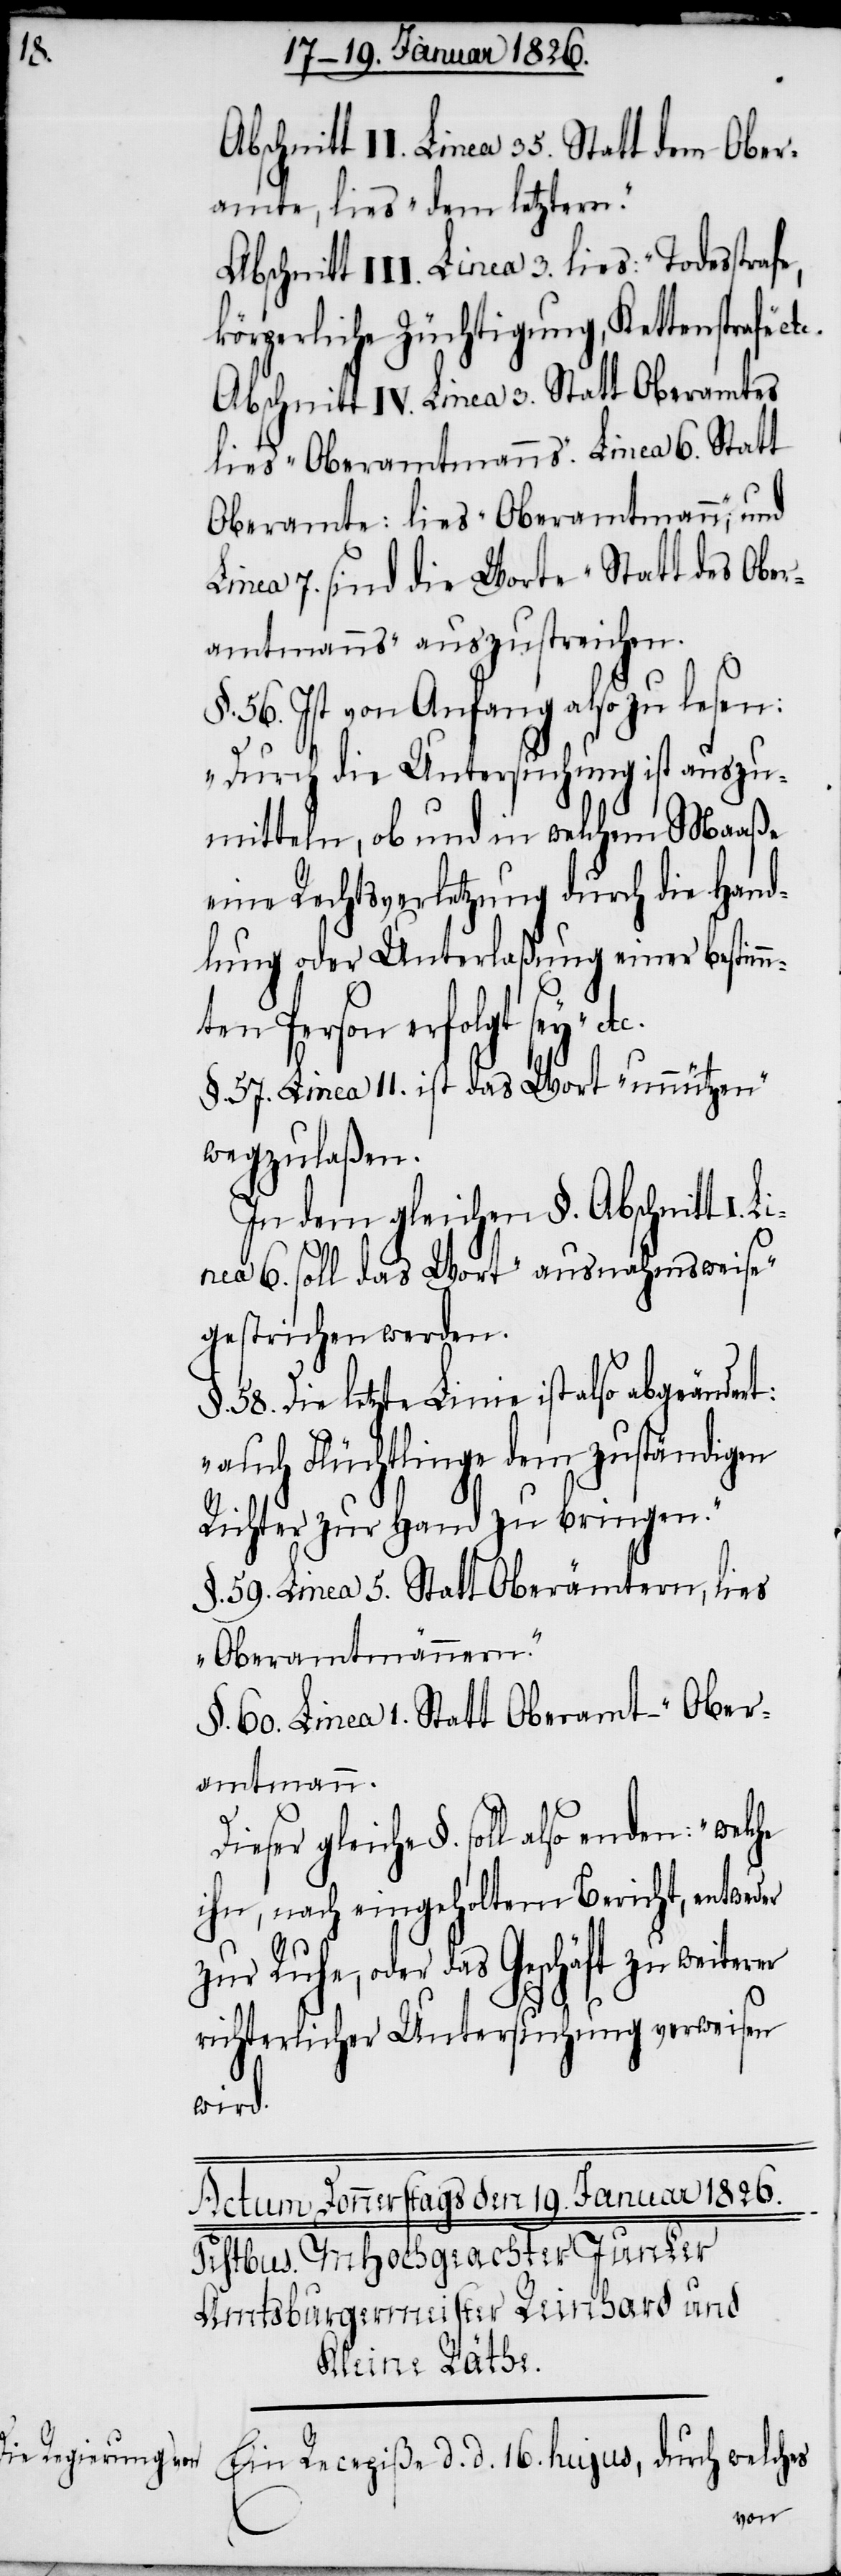
tc.

Abschnitt II. Linea 35. Statt dem Ober¬
amte, lies „dem letztern.“
Abschnitt III. Linea 3. lies: „Todesstrafe,
körperliche Züchtigung, Kettenstrafe“ e¬
Abschnitt IV. Linea 3. Statt Oberamtes
lies „Oberamtmanns“. Linea 6. Statt
Oberamte: lies „Oberamtmann“; und
Linea 7. sind die Worte „Statt des Ober¬
amtmanns“ auszustreichen.
§. 56. Ist von Anfang also zu lesen:
„Durch die Untersuchung ist auszu¬
mitteln, ob und in welchem Maaße
eine Rechtsverletzung durch die Hand¬
lung oder Unterlaßung einer bestimm¬
ten Person erfolgt sey“
§. 57. Linea 11. ist das Wort „unnützen“
wegzulaßen.
In dem gleichen §. Abschnitt I.
Linea 6. soll das Wort „ausnahmsweise“
gestrichen werden.
58. Die letzte Linie ist also abgeändert:
„auch Flüchtlinge dem zuständigen
Richter zur Hand zu bringen.“
§. 59. Linea 5. Statt Oberämtern, lies
„Oberamtmännern.“
§. 60. Linea 1. Statt Oberamt – „Ober¬
amtmann.“
Dieser gleiche §. soll enden: „welche
ihn, nach eingeholtem Bericht, entweder
zur Ruhe, oder das Geschäft zu weiterer
richterlicher Untersuchung verweisen
Ein Recepiße d. d. 16. hujus, durch welches